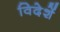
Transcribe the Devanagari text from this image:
विदेशें